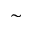
\sim